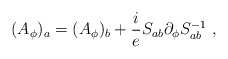
\begin{align*}(A_\phi)_a=(A_\phi)_b+\frac ieS_{ab}\partial_\phi S_{ab}^{-1} \ ,\end{align*}